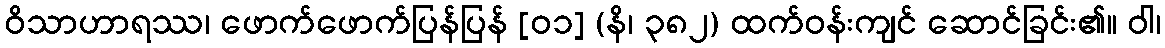
ဝိသာဟာရဿ၊ ဖောက်ဖောက်ပြန်ပြန် [၀၁] (နိ၊ ၃၈၂) ထက်ဝန်းကျင် ဆောင်ခြင်း၏။ ဝါ၊